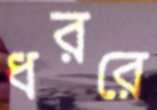
ধররে